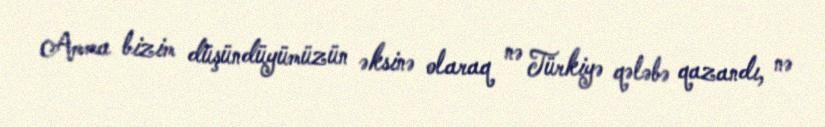
Amma bizim düşündüyümüzün əksinə olaraq nə Türkiyə qələbə qazandı, nə